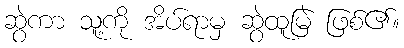
ဆွဲကာ သူ့ကို အိပ်ရာမှ ဆွဲထူမြဲ ဖြစ်၏။